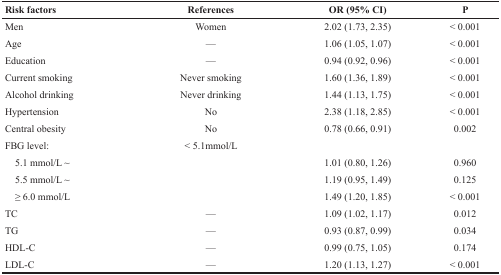
<table><thead><tr><td><b>Risk factors</b></td><td><b>References</b></td><td><b>OR (95% CI)</b></td><td><b>P</b></td></tr></thead><tbody><tr><td>Men</td><td>Women</td><td>2.02 (1.73, 2.35)</td><td>&lt; 0.001</td></tr><tr><td>Age</td><td>—</td><td>1.06 (1.05, 1.07)</td><td>&lt; 0.001</td></tr><tr><td>Education</td><td>—</td><td>0.94 (0.92, 0.96)</td><td>&lt; 0.001</td></tr><tr><td>Current smoking</td><td>Never smoking</td><td>1.60 (1.36, 1.89)</td><td>&lt; 0.001</td></tr><tr><td>Alcohol drinking</td><td>Never drinking</td><td>1.44 (1.13, 1.75)</td><td>&lt; 0.001</td></tr><tr><td>Hypertension</td><td>No</td><td>2.38 (1.18, 2.85)</td><td>&lt; 0.001</td></tr><tr><td>Central obesity</td><td>No</td><td>0.78 (0.66, 0.91)</td><td>0.002</td></tr><tr><td>FBG level:</td><td>&lt; 5.1mmol/L</td><td></td><td></td></tr><tr><td> 5.1 mmol/L ∼</td><td></td><td>1.01 (0.80, 1.26)</td><td>0.960</td></tr><tr><td> 5.5 mmol/L ∼</td><td></td><td>1.19 (0.95, 1.49)</td><td>0.125</td></tr><tr><td> ≥ 6.0 mmol/L</td><td></td><td>1.49 (1.20, 1.85)</td><td>&lt; 0.001</td></tr><tr><td>TC</td><td>—</td><td>1.09 (1.02, 1.17)</td><td>0.012</td></tr><tr><td>TG</td><td>—</td><td>0.93 (0.87, 0.99)</td><td>0.034</td></tr><tr><td>HDL-C</td><td>—</td><td>0.99 (0.75, 1.05)</td><td>0.174</td></tr><tr><td>LDL-C</td><td>—</td><td>1.20 (1.13, 1.27)</td><td>&lt; 0.001</td></tr></tbody></table>